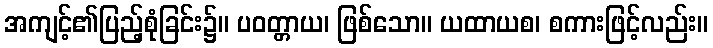
အကျင့်၏ပြည့်စုံခြင်း၌။ ပဝတ္တာယ၊ ဖြစ်သော။ ယထာယစ၊ စကားဖြင့်လည်း။